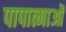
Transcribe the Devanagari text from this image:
पापात्माओं